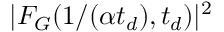
| F _ { G } ( 1 / ( \alpha t _ { d } ) , t _ { d } ) | ^ { 2 }